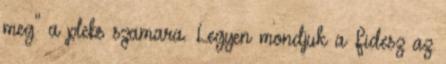
meg" a plebs szamara. Legyen mondjuk a Fidesz az